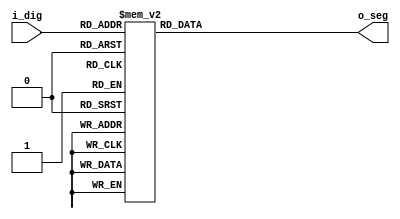
/* 
(C) OOMusou 2008 http://oomusou.cnblogs.com

Filename    : seg7_lut.V
Compiler    : Quartus II 7.2 SP3
Description : Demo how to use 8 bit 7 segment display decimal
Release     : 07/20/2008 1.0
*/
module seg7_lut (
  input      [3:0] i_dig,
  output reg [6:0] o_seg
);

always@(i_dig) begin
  case(i_dig)
    4'h1: o_seg = 7'b111_1001;  // ---t----
    4'h2: o_seg = 7'b010_0100;  // |      |
    4'h3: o_seg = 7'b011_0000;  // lt    rt
    4'h4: o_seg = 7'b001_1001;  // |      |
    4'h5: o_seg = 7'b001_0010;  // ---m----
    4'h6: o_seg = 7'b000_0010;  // |      |
    4'h7: o_seg = 7'b111_1000;  // lb    rb
    4'h8: o_seg = 7'b000_0000;  // |      |
    4'h9: o_seg = 7'b001_1000;  // ---b----
    4'ha: o_seg = 7'b000_1000;
    4'hb: o_seg = 7'b000_0011;
    4'hc: o_seg = 7'b100_0110;
    4'hd: o_seg = 7'b010_0001;
    4'he: o_seg = 7'b000_0110;
    4'hf: o_seg = 7'b000_1110;
    4'h0: o_seg = 7'b100_0000;
  endcase
end

endmodule